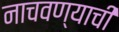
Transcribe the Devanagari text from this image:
नाचवण्याची